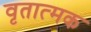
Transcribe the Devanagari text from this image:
वृतात्मक